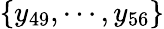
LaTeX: \{ y_{49},\cdots,y_{56}\}